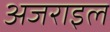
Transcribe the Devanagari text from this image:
अजराइल